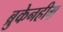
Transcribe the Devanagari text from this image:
ब्रुकेनहीम़